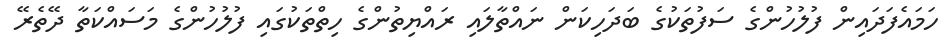
ހަމައެފަދައިން ފުލުހުންގެ ސަފުތަކުގެ ބަދަހިކަން ނައްތާލައި ރައްޔިތުންގެ ހިތްތަކުގައި ފުލުހުންގެ މަސައްކަތާ ދޭތެރޭ